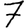
Digit: 7